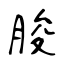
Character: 脧